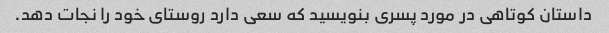
داستان کوتاهی در مورد پسری بنویسید که سعی دارد روستای خود را نجات دهد.